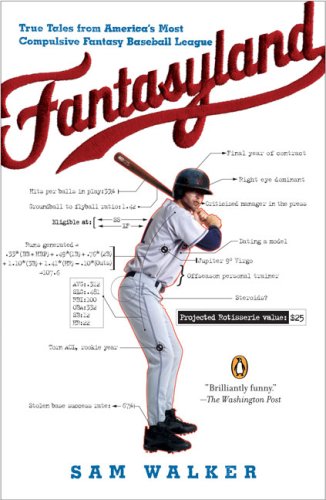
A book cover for Fantasyland: A Sportswriter's Obsessive Bid to Win the World's Most Ruthless Fantasy Baseball; Sam Walker; Humor & Entertainment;